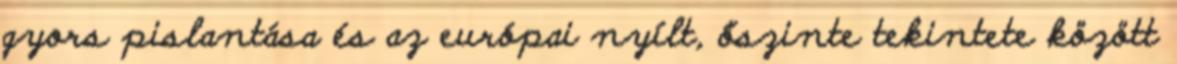
gyors pislantása és az európai nyílt, őszinte tekintete között